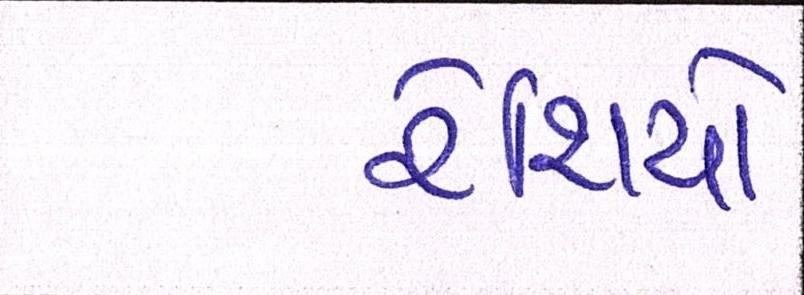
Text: રેશિયો